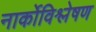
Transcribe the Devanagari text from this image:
नार्कोविश्लेषण